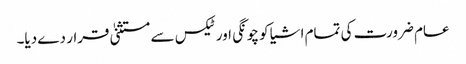
عام ضرورت کی تمام اشیا کو چونگی اور ٹیکس سے مستثنیٰ قرار دے دیا۔